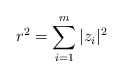
\begin{align*}r^2= \sum_{i=1}^{m} |z_i|^2\end{align*}